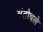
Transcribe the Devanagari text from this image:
संतोषले